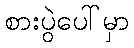
စားပွဲပေါ်မှာ